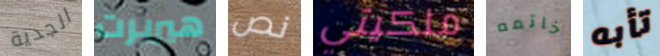
الجدية هيربرت نص ملكيتي خاتمه تأبه